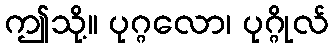
ဤသို့။ ပုဂ္ဂလော၊ ပုဂ္ဂိုလ်